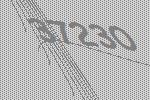
37230